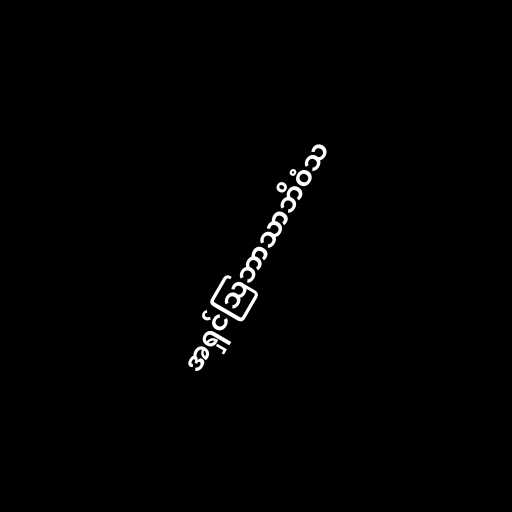
အရှင်သြဘာသာဘိဝံသ